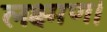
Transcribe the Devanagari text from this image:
लक्ष्मण।